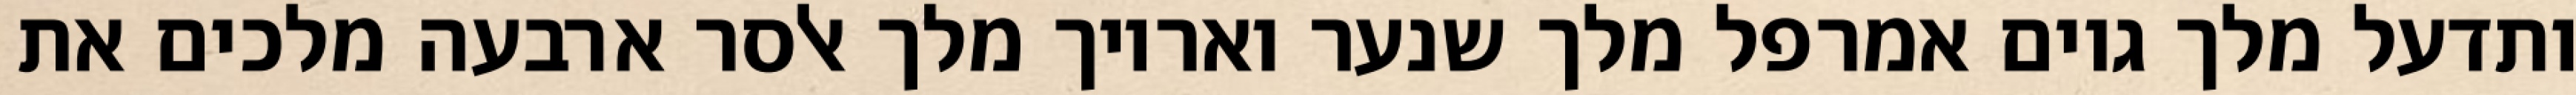
ותדעל מלך גוים אמרפל מלך שנער ואריוך מלך אלסר ארבעה מלכים את